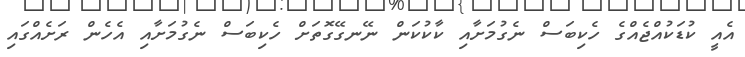
އެއީ ކުޑަކުއްޖެއްގެ ހެކިބަސް ނެގުމަށާއި ކާކުކަން ނޭނގޭގޮތަށް ހެކިބަސް ނެގުމަށާއި އެހެން ރަށެއްގައި